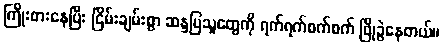
ကြိုးစားနေပြီး ငြိမ်းချမ်းစွာ ဆန္ဒပြသူတွေကို ရက်ရက်စက်စက် ဖြိုခွဲနေတယ်။